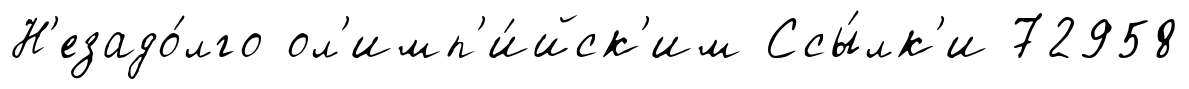
Н'езадо́лго ол'имп'и́йск'им Ссы́лк'и 72958